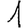
Digit: 1